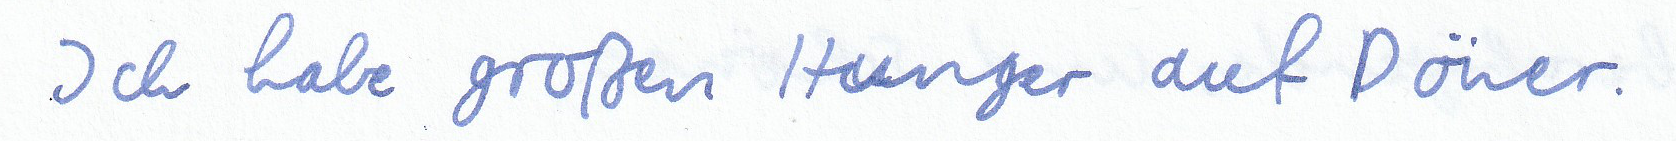
Ich habe großen Hunger auf Döner.